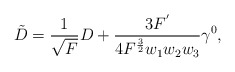
\begin{align*} \tilde{D}=\frac{1}{\sqrt{F}}D+\frac{3F^{'}}{4F^{\frac{3}{2}}w_{1}w_{2}w_{3}}\gamma^{0}, \end{align*}